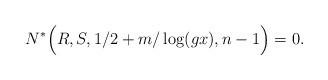
LaTeX: \begin{align*} N^*\Big(R,S,1/2 + m/\log(gx),n - 1\Big) = 0.\end{align*}